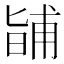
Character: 𭦰